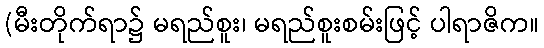
(မီးတိုက်ရာ၌ မရည်စူး၊ မရည်စူးစမ်းဖြင့် ပါရာဇိက။